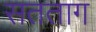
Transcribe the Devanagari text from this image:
सतताग